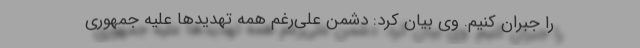
را جبران کنیم. وی بیان کرد: دشمن علی‌رغم همه تهدیدها علیه جمهوری